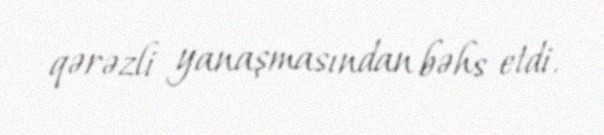
qərəzli yanaşmasından bəhs etdi.